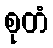
စုတံ